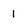
Character: 1